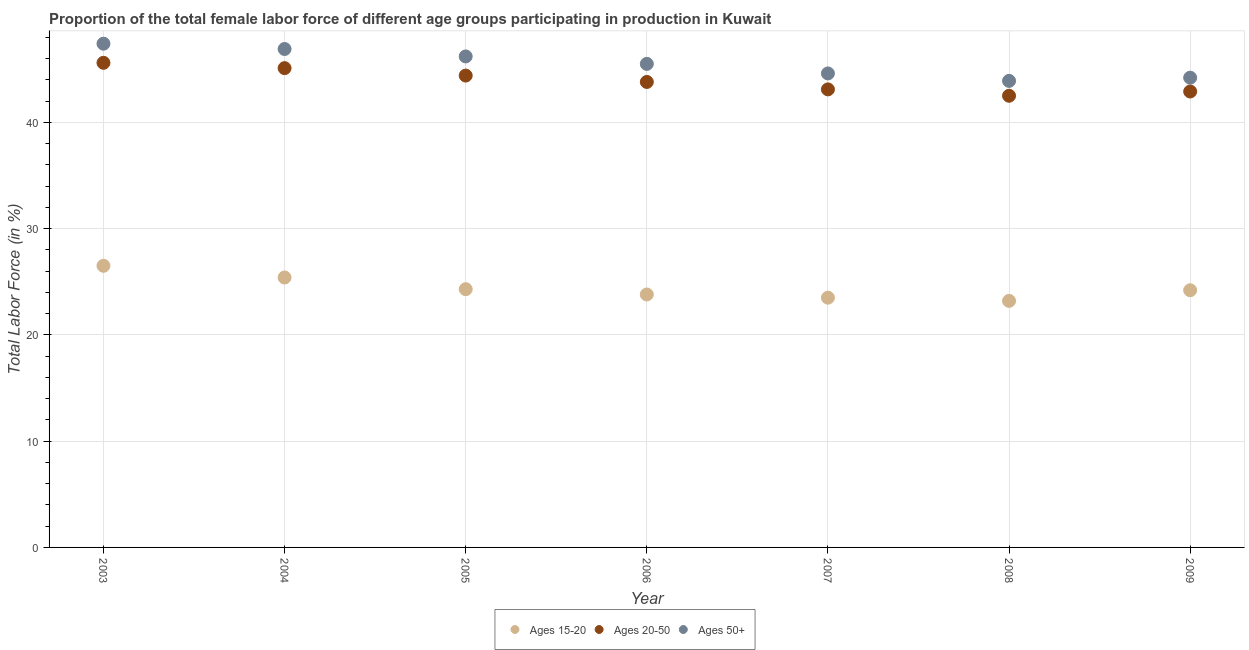
| Year | Ages 15-20 | Ages 20-50 | Ages 50+ |
 | --- | --- | --- | --- |
 | 2003 | 26.5 | 45.6 | 47.4 |
 | 2004 | 25.4 | 45.1 | 46.9 |
 | 2005 | 24.3 | 44.4 | 46.2 |
 | 2006 | 23.8 | 43.8 | 45.5 |
 | 2007 | 23.5 | 43.1 | 44.6 |
 | 2008 | 23.2 | 42.5 | 43.9 |
 | 2009 | 24.2 | 42.9 | 44.2 |